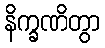
နိက္ခဏိတွာ